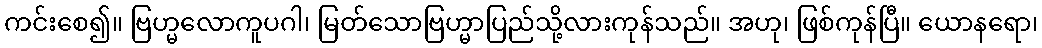
ကင်းစေ၍။ ဗြဟ္မလောကူပဂါ၊ မြတ်သောဗြဟ္မာပြည်သို့လားကုန်သည်။ အဟု၊ ဖြစ်ကုန်ပြီ။ ယောနရော၊